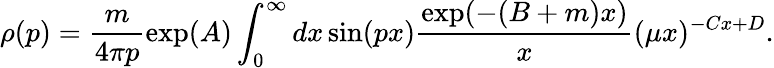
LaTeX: \rho(p)=\frac{m}{4\pi p}\exp(A)\int_{0}^{\infty}dx\sin(px)\frac{\exp(-(B+m)x)}{x}(\mu x)^{-Cx+D}.